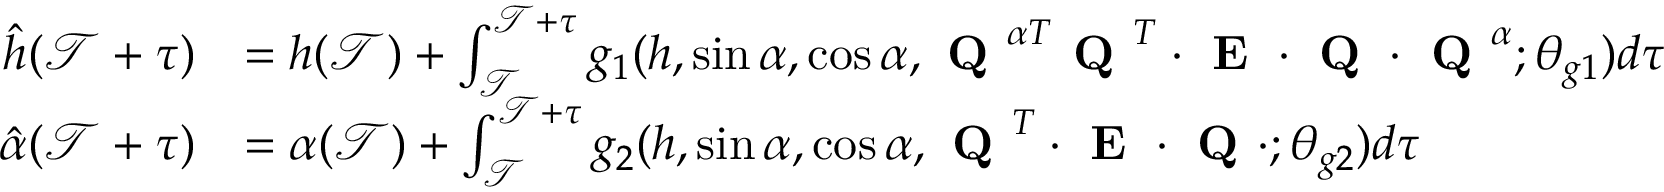
\begin{array} { r l } { \hat { h } ( \mathcal { T } + \tau ) } & { = h ( \mathcal { T } ) + \int _ { \mathcal { T } } ^ { \mathcal { T } + \tau } g _ { 1 } ( h , \sin \alpha , \cos \alpha , \textbf { Q } ^ { \alpha T } \textbf { Q } ^ { T } \cdot \textbf { E } \cdot \textbf { Q } \cdot \textbf { Q } ^ { \alpha } ; \theta _ { g 1 } ) d \tau } \\ { \hat { \alpha } ( \mathcal { T } + \tau ) } & { = \alpha ( \mathcal { T } ) + \int _ { \mathcal { T } } ^ { \mathcal { T } + \tau } g _ { 2 } ( h , \sin \alpha , \cos \alpha , \textbf { Q } ^ { T } \cdot \textbf { E } \cdot \textbf { Q } \cdot ; \theta _ { g 2 } ) d \tau } \end{array}